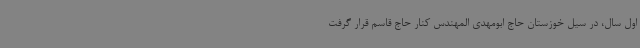
اول سال، در سیل خوزستان حاج ابومهدی المهندس کنار حاج قاسم قرار گرفت